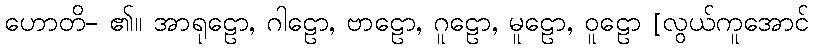
ဟောတိ- ၏။ အာရုဠော, ဂါဠော, ဗာဠော, ဂူဠော, မူဠော, ဝူဠော [လွယ်ကူအောင်